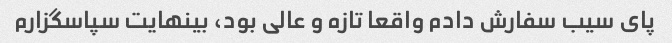
پای سیب سفارش دادم واقعا تازه و عالی بود، بینهایت سپاسگزارم